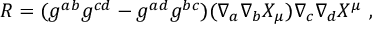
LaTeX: R = ( g ^ { a b } g ^ { c d } - g ^ { a d } g ^ { b c } ) ( \nabla _ { a } \nabla _ { b } X _ { \mu } ) \nabla _ { c } \nabla _ { d } X ^ { \mu } \ ,